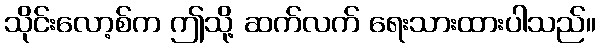
သိုင်းလော့စ်က ဤသို့ ဆက်လက် ရေးသားထားပါသည်။